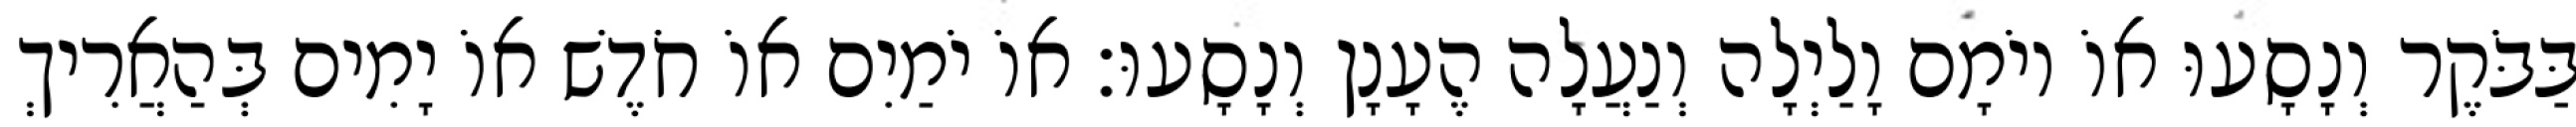
בַּבֹּקֶר וְנָסָעוּ אוֹ יוֹמָם וָלַיְלָה וְנַעֲלָה הֶעָנָן וְנָסָעוּ׃ אוֹ יֹמַיִם אוֹ חֹדֶשׁ אוֹ יָמִים בְּהַאֲרִיךְ